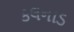
કલનાડ